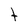
Character: t